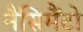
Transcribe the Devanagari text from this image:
नैसिमैंटो